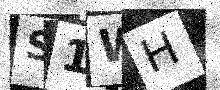
Text: S1WH